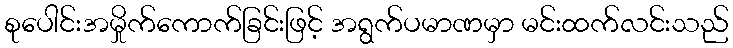
စုပေါင်းအမှိုက်ကောက်ခြင်းဖြင့် အရွက်ပမာဏမှာ မင်းထက်လင်းသည်